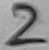
Text: 2